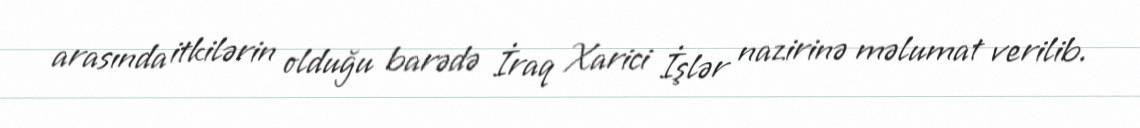
arasında itkilərin olduğu barədə İraq Xarici İşlər nazirinə məlumat verilib.